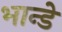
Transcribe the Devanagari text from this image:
भान्डे